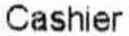
CASHIER